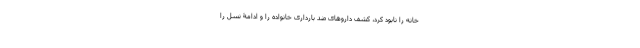
خانه را نابود کرد، کشف داروهای ضد بارداری خانواده را و ادامۀ نسل را